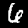
Label: 6